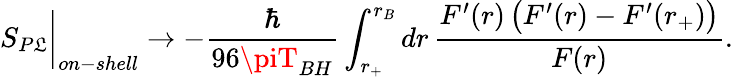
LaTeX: S_{P\mathfrak{L}}\biggr\vert_{on-shell}\rightarrow-\frac{{\hbar}}{{96\piT_{BH}}}\int_{r_{+}}^{r_{B}}dr\, \frac{{F^{\prime}(r)\, \bigl(F^{\prime}(r)-F^{\prime}(r_{+})\bigl)}}{{F(r)}}.